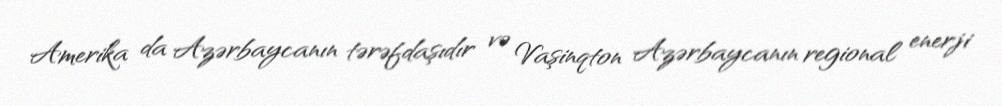
Amerika da Azərbaycanın tərəfdaşıdır və Vaşinqton Azərbaycanın regional enerji